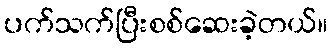
ပက်သက်ပြီးစစ်ဆေးခဲ့တယ်။